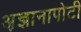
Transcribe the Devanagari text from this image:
अ़ज्ञानापोटी